Lunatic asylums Central Provinces reports 1886-1894 - 1886-1894
Year: 1886
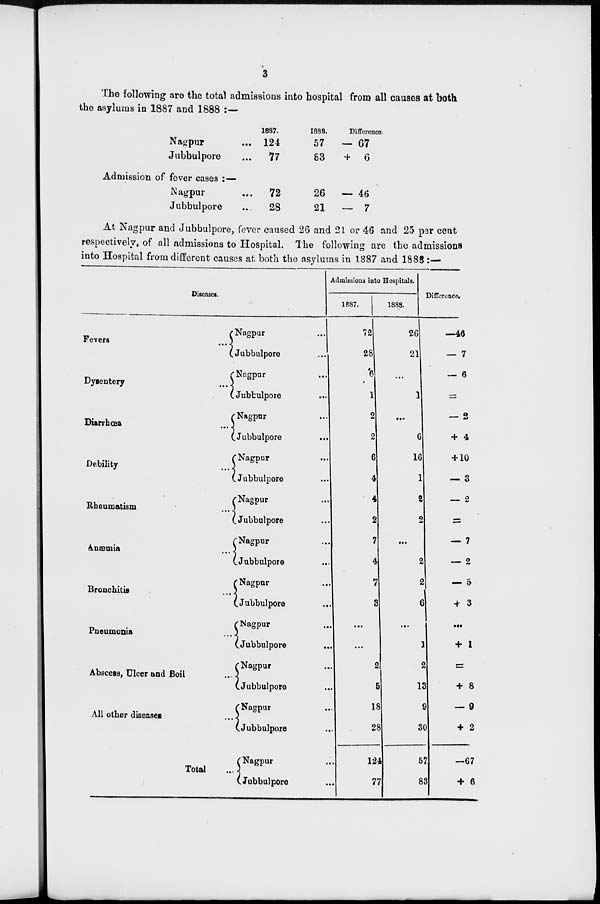
3
The following are the total admissions into hospital from all causes at both
the asylums in 1887 and 1888 :—
Nagpur ...
Jubbulpore ...
1887.
124
77
1888.
57
83
Difference
- 67
+ 6
Admission of fever cases :—
Nagpur ...
Jubbulpore ...
72
28
26
21
— 46
— 7
At Nagpur and Jubbulpore, fever caused 26 and 21 or 46 and 25 per cent
respectively, of all admissions to Hospital. The following are the admissions
into Hospital from different causes at both the asylums in 1887 and 1888 :—
Diseases.
Fevers ...
Dysentery ...
Diarrhœa ...
Debility ...
Rheumatism ...
Anæmia ...
Bronchitis ...
Pneumonia ...
Abscess, Ulcer and Boil
All other diseases
Total ...
Nagpur ...
Jubbulpore ...
Nagpur ...
Jubbulpore ...
Nagpur ...
Jubbulpore
...
Nagpur ...
Jubbulpore ...
Nagpur ...
Jubbulpore ...
Nagpur ...
Jubbulpore ...
Nagpur ...
Jubbulpore
...
Nagpur ...
Jubbulpore
...
Nagpur ...
Jubbulpore ...
Nagpur ...
Jubbulpore ...
Nagpur ...
Jubbulpore ...
Amissions into Hospitals.
1887.
72
28
6
1
2
2
6
4
4
2
7
4
7
3
...
...
2
5
18
28
124
77
1888.
26
21
...
1
...
6
16
1
2
2
...
2
2
6
...
1
2
13
9
30
57
83
Defference.
—46
— 7
— 6
=
— 2
+ 4
+10
— 3
— 2
=
— 7
— 2
—5
+3
...
+ 1
=
+ 8
— 9
+ 2
—67
+ 6